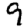
Digit: 9